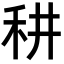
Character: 𥝷